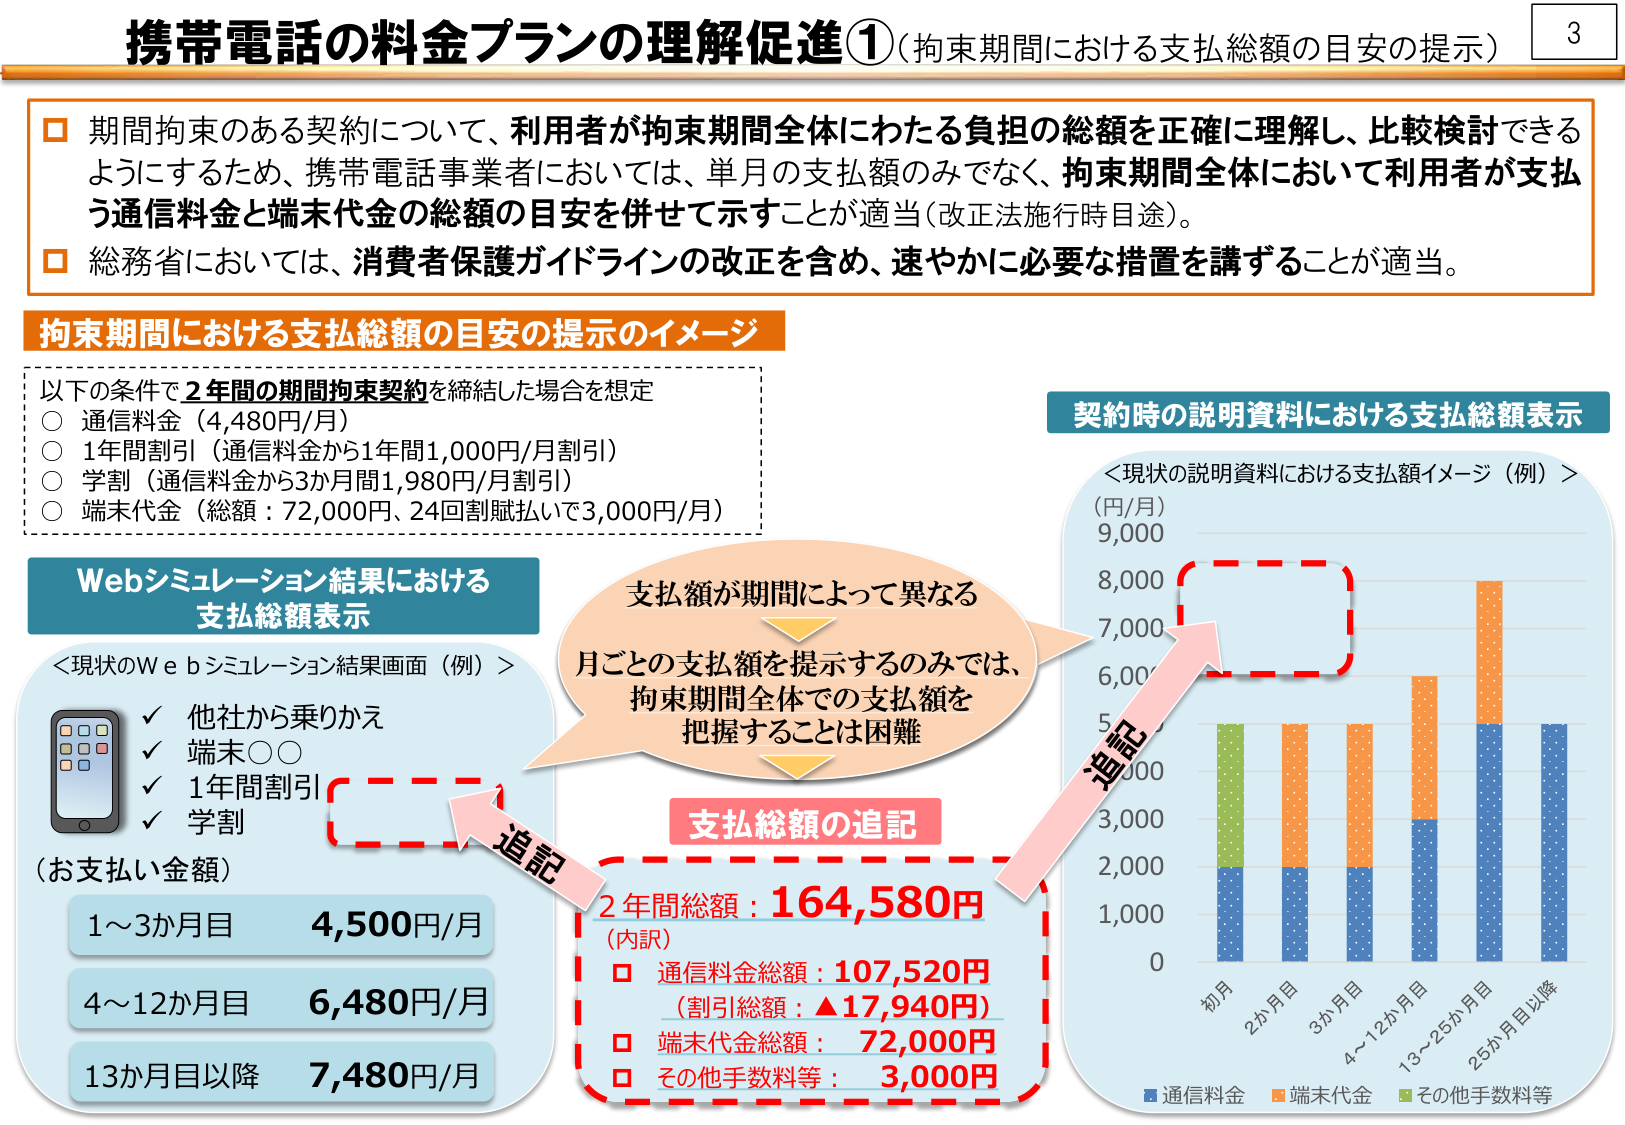
携帯電話の料金プランの理解促進①（拘束期間における支払総額の目安の提示）

□ 期間拘束のある契約について、利用者が拘束期間全体にわたる負担の総額を正確に理解し、比較検討できるようにするため、携帯電話事業者においては、単月の支払額のみでなく、拘束期間全体において利用者が支払う通信料金と端末代金の総額の目安を併せて示すことが適当（改正法施行時目途）。

□ 総務省においては、消費者保護ガイドラインの改正を含め、速やかに必要な措置を講ずることが適当。

拘束期間における支払総額の目安の提示のイメージ

以下の条件で2年間の期間拘束契約を締結した場合を想定
○ 通信料金（4,480円/月）
○ 1年間割引（通信料金から1年間1,000円/月割引）
○ 学割（通信料金から3か月間1,980円/月割引）
○ 端末代金（総額：72,000円、24回割賦払いで3,000円/月）

Webシミュレーション結果における支払総額表示

＜現状のWebシミュレーション結果画面（例）＞
✓ 他社から乗りかえ
✓ 端末○○
✓ 1年間割引
✓ 学割

（お支払い金額）
1～3か月目 4,500円/月
4～12か月目 6,480円/月
13か月目以降 7,480円/月

支払額が期間によって異なる
月ごとの支払額を提示するのみでは、拘束期間全体での支払額を把握することは困難

支払総額の追記

2年間総額：164,580円
（内訳）
□ 通信料金総額：107,520円
（割引総額：▲17,940円）
□ 端末代金総額：72,000円
□ その他手数料等：3,000円

契約時の説明資料における支払総額表示

＜現状の説明資料における支払額イメージ（例）＞
（円/月）
9,000
8,000
7,000
6,000
5,000
4,000
3,000
2,000
1,000
0

初月
2か月目
3か月目
4～12か月目
13～25か月目
25か月目以降

■ 通信料金
■ 端末代金
■ その他手数料等

追記
追記